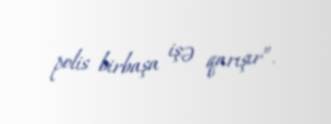
polis birbaşa işə qarışır”.